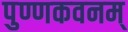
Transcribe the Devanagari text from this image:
पुण्णकवनम्